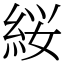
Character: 䋝